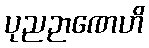
ပုညဉာဏေဟိ